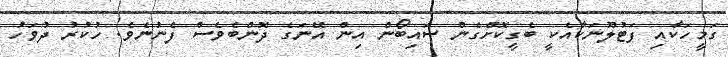
ގަމީހަކާއި ފަޓުލޫނަކާއެކީ ބެގީކޮށްގެން ސައިބޯން އިން އޭނަގެ ދޮންބެވެސް ފެނުނެވެ. ހުކުރު ދުވަހު